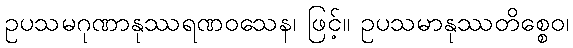
ဥပသမဂုဏာနုဿရဏဝသေန၊ ဖြင့်။ ဥပသမာနုဿတိစ္စေဝ၊